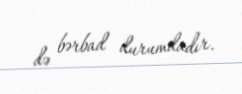
də bərbad durumdadır.